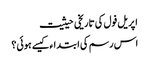
اپریل فول کی تاریخی حیثیت
اس رسم کی ابتداء کیسے ہوئی؟